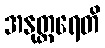
အနုတ္တရေတိ